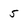
Character: 5